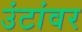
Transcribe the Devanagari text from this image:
उंटांवर